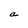
Character: n